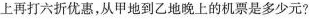
上再打六折优惠，从甲地到乙地晚上的机票是多少元?